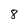
Character: 8